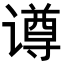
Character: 𬤢